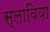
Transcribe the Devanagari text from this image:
स्लाविया